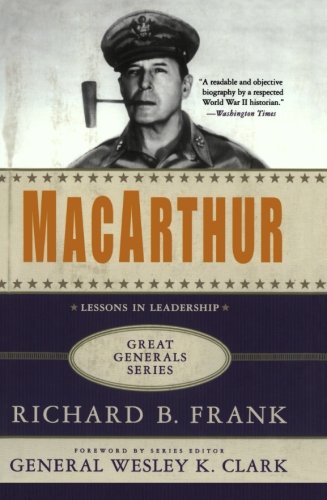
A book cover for MacArthur: A Biography (Great Generals); Richard B. Frank; History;